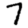
Digit: 7